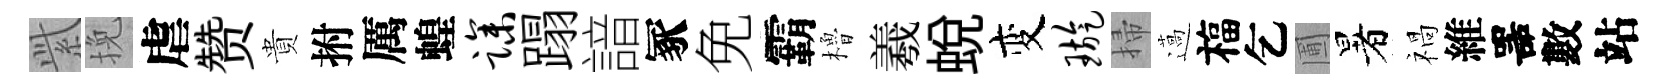
𬗋挽虐赞貴拊厲蝗躁蹋諳冢免霸櫓羲蛻变璇掃薖福乞圃暑禍維噐數站